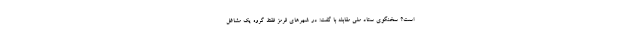
است؟ سخنگوی ستاد ملی مقابله با گفت: در شهرهای قرمز فقط گروه یک مشاغل